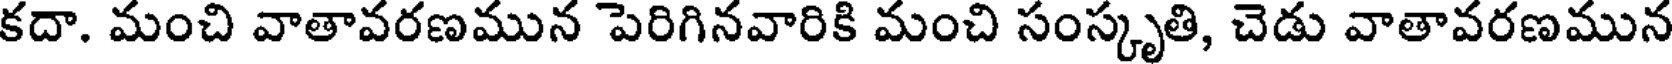
కదా. మంచి వాతావరణమున పెరిగినవారికి మంచి సంస్కృతి, చెడు వాతావరణమున